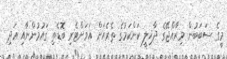
މީގެ ސަބަބުން މިރާއްޖޭގެ ދާޚިލީ ކަންކަމުގެ ތެރެއަށް އަވަށްޓެރި ބޮޑެތި ގައުމުންނާއި އަދި